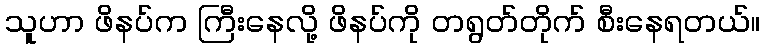
သူဟာ ဖိနပ်က ကြီးနေလို့ ဖိနပ်ကို တရွတ်တိုက် စီးနေရတယ်။